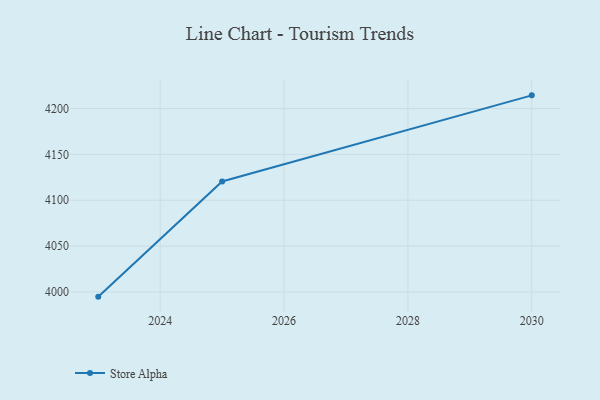
{"axis": {"x": "Year", "y": "Inventory Turnover"}, "legend": ["Store Alpha"], "data": [{"x": "2030", "y": 4214.4, "type": "Store Alpha"}, {"x": "2025", "y": 4120.4, "type": "Store Alpha"}, {"x": "2023", "y": 3994.8, "type": "Store Alpha"}]}